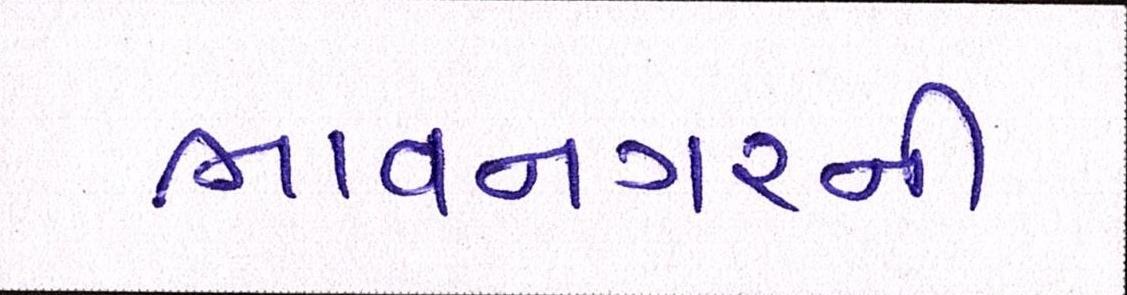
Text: ભાવનગરની